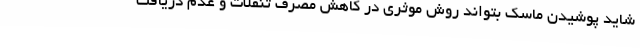
شاید پوشیدن ماسک بتواند روش موثری در کاهش مصرف تنقلات و عدم دریافت